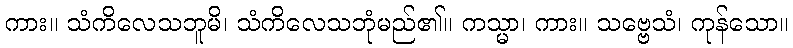
ကား။ သံကိလေသဘူမိ၊ သံကိလေသဘုံမည်၏။ ကသ္မာ၊ ကား။ သဗ္ဗေသံ၊ ကုန်သော။